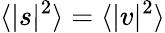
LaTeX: \langle|s|^{2}\rangle=\langle|v|^{2}\rangle